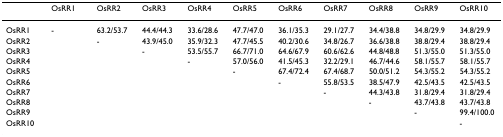
<table><thead><tr><td></td><td><b>OsRR1</b></td><td><b>OsRR2</b></td><td><b>OsRR3</b></td><td><b>OsRR4</b></td><td><b>OsRR5</b></td><td><b>OsRR6</b></td><td><b>OsRR7</b></td><td><b>OsRR8</b></td><td><b>OsRR9</b></td><td><b>OsRR10</b></td></tr></thead><tbody><tr><td>OsRR1</td><td>-</td><td>63.2/53.7</td><td>44.4/44.3</td><td>33.6/28.6</td><td>47.7/47.0</td><td>36.1/35.3</td><td>29.1/27.7</td><td>34.4/38.8</td><td>34.8/29.9</td><td>34.8/29.9</td></tr><tr><td>OsRR2</td><td></td><td>-</td><td>43.9/45.0</td><td>35.9/32.3</td><td>47.7/45.5</td><td>40.2/30.6</td><td>34.8/26.7</td><td>36.6/38.8</td><td>38.8/29.4</td><td>38.8/29.4</td></tr><tr><td>OsRR3</td><td></td><td></td><td>-</td><td>53.5/55.7</td><td>66.7/71.0</td><td>64.6/67.9</td><td>60.6/62.6</td><td>44.8/48.8</td><td>51.3/55.0</td><td>51.3/55.0</td></tr><tr><td>OsRR4</td><td></td><td></td><td></td><td>-</td><td>57.0/56.0</td><td>41.5/45.3</td><td>32.2/29.1</td><td>46.7/44.6</td><td>58.1/55.7</td><td>58.1/55.7</td></tr><tr><td>OsRR5</td><td></td><td></td><td></td><td></td><td>-</td><td>67.4/72.4</td><td>67.4/68.7</td><td>50.0/51.2</td><td>54.3/55.2</td><td>54.3/55.2</td></tr><tr><td>OsRR6</td><td></td><td></td><td></td><td></td><td></td><td>-</td><td>55.8/53.5</td><td>38.5/47.9</td><td>42.5/43.5</td><td>42.5/43.5</td></tr><tr><td>OsRR7</td><td></td><td></td><td></td><td></td><td></td><td></td><td>-</td><td>44.3/43.8</td><td>31.8/29.4</td><td>31.8/29.4</td></tr><tr><td>OsRR8</td><td></td><td></td><td></td><td></td><td></td><td></td><td></td><td>-</td><td>43.7/43.8</td><td>43.7/43.8</td></tr><tr><td>OsRR9</td><td></td><td></td><td></td><td></td><td></td><td></td><td></td><td></td><td>-</td><td>99.4/100.0</td></tr><tr><td>OsRR10</td><td></td><td></td><td></td><td></td><td></td><td></td><td></td><td></td><td></td><td>-</td></tr></tbody></table>